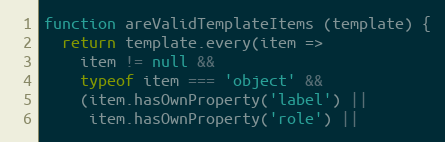
Language: JavaScript
function areValidTemplateItems (template) {
  return template.every(item =>
    item != null &&
    typeof item === 'object' &&
    (item.hasOwnProperty('label') ||
     item.hasOwnProperty('role') ||